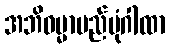
အဘိဓမ္မာမည်ပုံဂါထာ